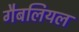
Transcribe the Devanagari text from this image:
गैबलियल